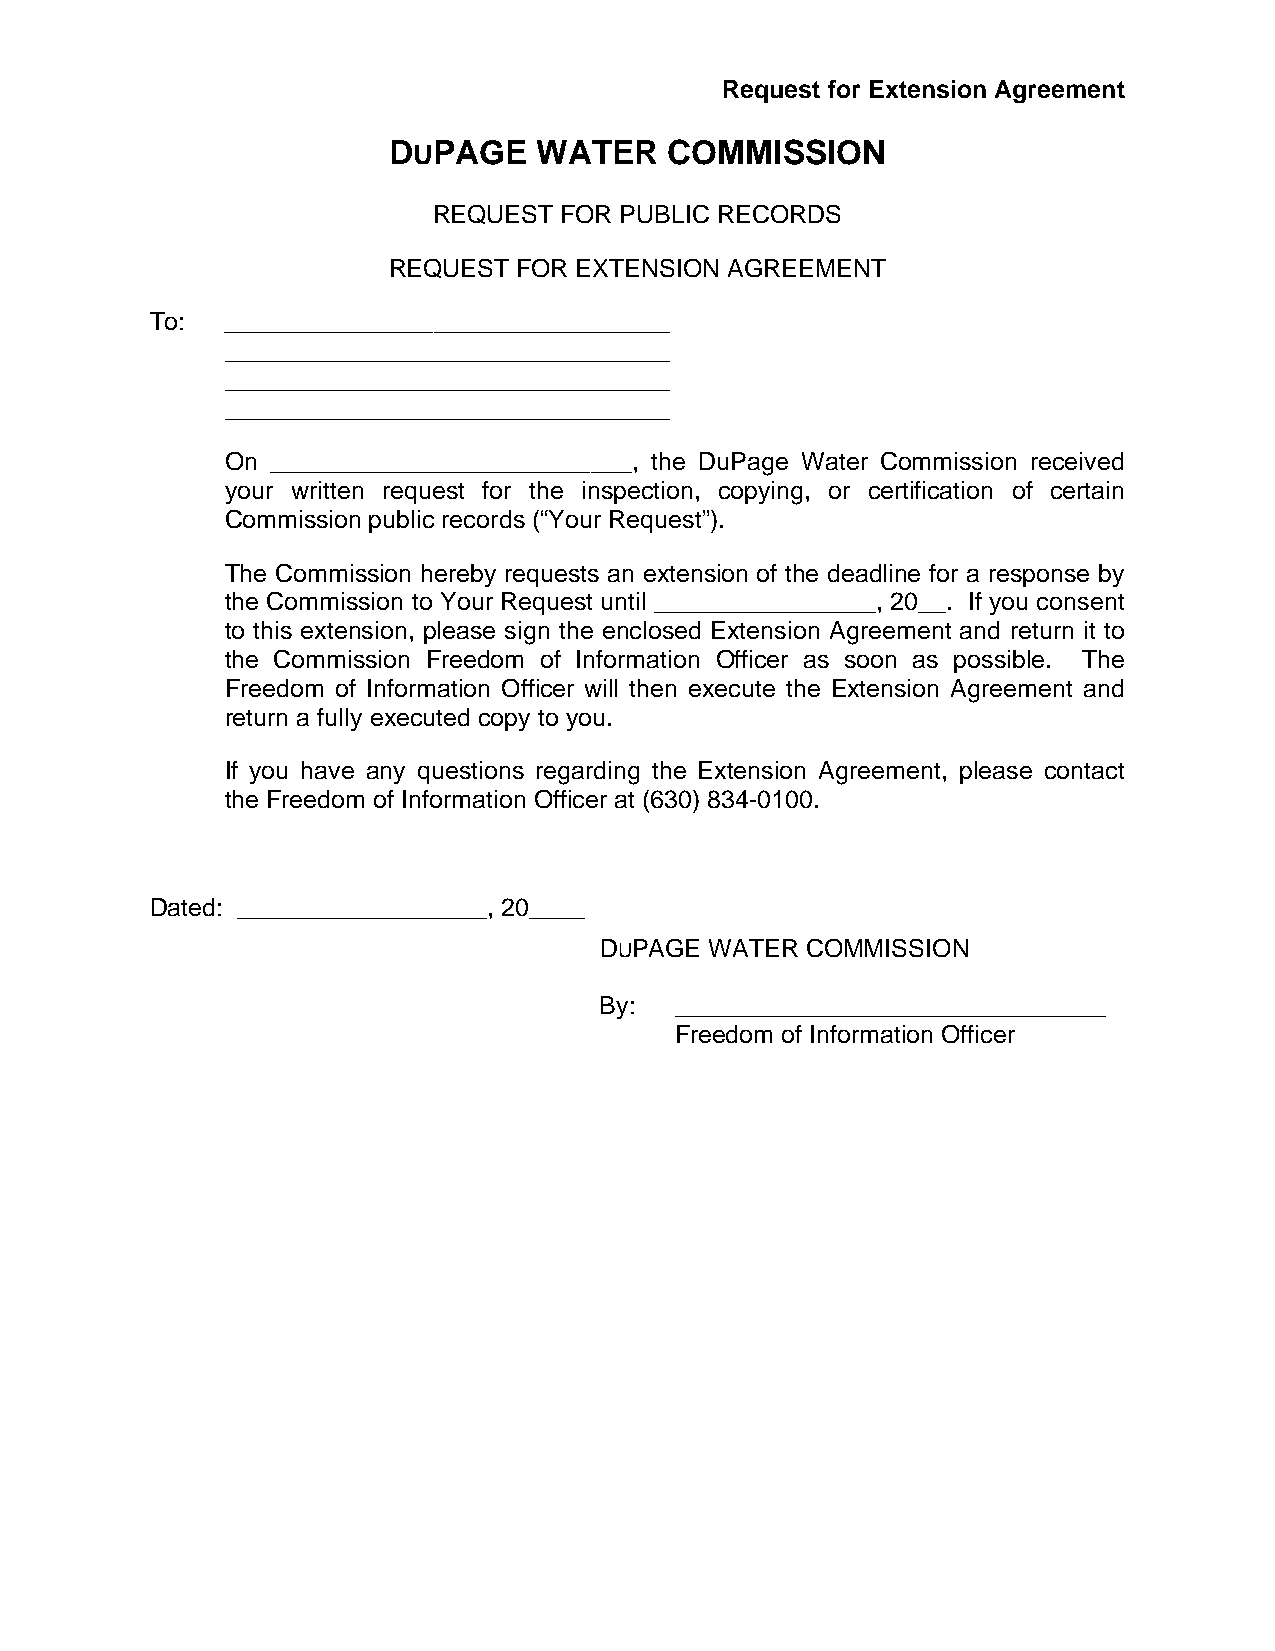
Request for Extension Agreement
 DUPAGE    WATER   COMMISSION
 REQUEST FOR PUBLIC RECORDS
 REQUEST FOR EXTENSION AGREEMENT
 To:  ________________________________
 ________________________________
 ________________________________
 ________________________________
 On __________________________, the DuPage Water Commission received
 your written request for the inspection, copying, or certification of certain
 Commission public records (“Your Request”).
 The Commission hereby requests an extension of the deadline for a response by
 the Commission to Your Request until ________________, 20__. If you consent
 to this extension, please sign the enclosed Extension Agreement and return it to
 the Commission Freedom of Information Officer as soon as possible. The
 Freedom of Information Officer will then execute the Extension Agreement and
 return a fully executed copy to you.
 If you have any questions regarding the Extension Agreement, please contact
 the Freedom of Information Officer at (630) 834-0100.
 Dated: __________________, 20____
 DUPAGE WATER COMMISSION
 By:  _______________________________
 Freedom of Information Officer